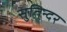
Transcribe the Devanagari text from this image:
सुतिन्दर